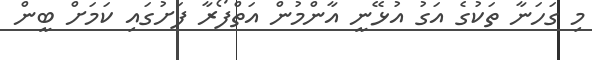
މި ގަހަނާ ތަކުގެ އަގު އުޅޭނީ އާންމުން އަތްފޯރާ ފަށުގައި ކަމަށް ބީން